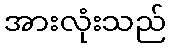
အားလုံးသည်